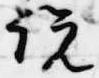
説